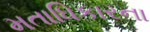
મતાધિકારના